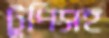
টুপিসহ